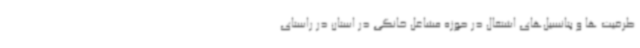
ظرفیت ها و پتانسیل‌های اشتغال در حوزه مشاغل خانگی در استان در راستای